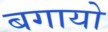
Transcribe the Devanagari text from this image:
बगायो